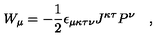
W _ { \mu } = - { \frac { 1 } { 2 } } \epsilon _ { \mu \kappa \tau \nu } J ^ { \kappa \tau } P ^ { \nu } \quad ,